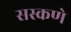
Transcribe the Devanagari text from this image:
सस्कणे